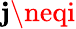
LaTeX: \mathbf{j}\neqi